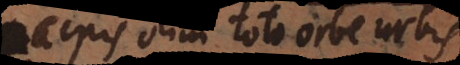
Urbis, olim toto orbe urbis